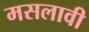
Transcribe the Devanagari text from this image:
मसलावी